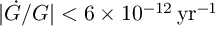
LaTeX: | \dot { G } / G | < 6 \times 1 0 ^ { - 1 2 } \, \mathrm { y r } ^ { - 1 }